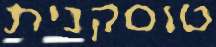
טוסקנית